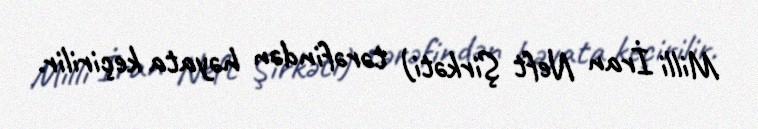
Milli İran Neft Şirkəti) tərəfindən həyata keçirilir.